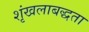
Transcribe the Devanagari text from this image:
शृंखलाबद्धता